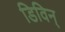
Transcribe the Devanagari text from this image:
डिविन्